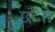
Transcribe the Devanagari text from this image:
छंटते